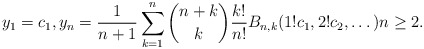
\begin{align*} y_1=c_1,y_n =\frac{1}{n+1} \sum_{k=1}^{n} \binom{n+k}{k}\frac{k!}{n!} B_{n,k}(1!c_1,2!c_2,\dots) n\ge 2.\end{align*}